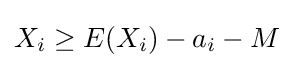
X_{i}\geq E(X_{i})-a_{i}-M